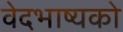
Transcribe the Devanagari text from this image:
वेदभाष्यको